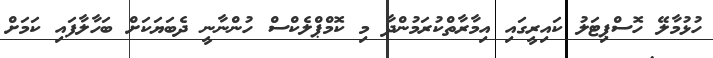
ހުޅުމާލޭ ހޮސްޕިޓަލު ކައިރީގައި އިމާރާތްކުރަމުންދާ މި ކޮމްޕްލެކްސް ހުންނާނީ ދެބަޔަކަށް ބަހާލާފައި ކަމަށް